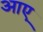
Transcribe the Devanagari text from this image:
अाए